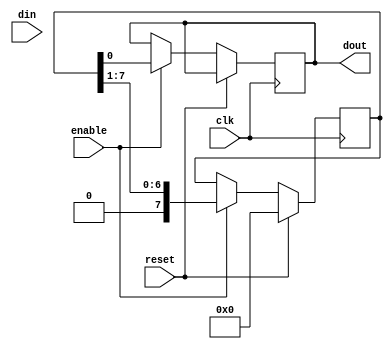
`timescale 1ns/1ps

module shiftreg (
input wire enable,reset,clk,
input [7:0] din,
output reg dout
);
reg [7:0] A;

always@ (posedge clk) begin
if (reset) begin
    A <= 8'b0;
end
else if (enable) begin
dout <= A[0];
A <= {1'b0,A[7:1]};

end


end

endmodule

module FSM (
input clk,resetn,start,
output reg reset,enable,load
);
always@ (posedge clk) begin
if (resetn) begin reset <= 1'b1; end
else if (start) begin enable <=1'b1; load <=1'b1; end
end

endmodule

module fulladder (
output elde,
input a,b,cin,
output wire sum
);

assign sum = a ^ b ^ cin;
assign elde = (b & cin) | (a & cin) | (a & b);
endmodule

module flip_flop (

input wire clk,reset,
input wire D,
output wire  Q

);
reg qreg;
always@ (posedge clk) begin
if (reset) begin qreg <= 1'b0; end
else begin qreg <= D; end


end
assign Q=qreg;
endmodule

module sumregister (
output [8:0] dout,
input wire enable,sum,reset

);
integer i;
reg [8:0] shiftreg;
always@ (*) begin 
    if (reset) begin shiftreg = 9'b0; end
    else begin
    for (i=0; i<7; i=1+1) begin
    
    shiftreg[i] <= sum; 
    
    end
    end //else end
end
endmodule


module serialadder (
input [7:0] A,B,
input clk,resetn,start,
output [8:0] sum,
output wire elde,sum_out,reset,
output wire load,enable 

);
genvar i;
for (i=0; i<8; i=i+1) begin
wire aout, bout,cout;
FSM control (
.resetn(resetn),
.reset(reset),
.load(load),
.enable(enable),
.start(start),
.clk(clk)
);

shiftreg shiftrega (
.din(A),
.dout(aout),
.clk(clk),
.reset(reset),
.enable(enable)
);

shiftreg shiftregb (
.din(B),
.dout(bout),
.clk(clk),
.reset(reset),
.enable(enable)
);

fulladder adder (
.cin(elde),
.a(aout),
.b(bout),
.sum(sum_out),
.elde(cout)
);

flip_flop flop (
.clk(clk),
.reset(reset),
.D(elde),
.Q(cin)
);


sumregister sumshift(
.dout(sum),
.enable(enable),
.sum(sumout),
.reset(reset)

);
end

endmodule

/*module serialadder(
input [7:0] A,B,
input clk,resetn,start,
output reg[8:0] sum,
output wire a0,b0,
output reg elde,sum_out,reset,
output reg load,enable 
);

always@ (posedge clk) begin

reset <=resetn;
load<=start;
enable<=start;

end

assign a0 = A[0];
assign b0 = B[0];
reg [7:0] Areg,Breg;
integer i;



always@(posedge clk) begin 
Areg<= A;
Breg <= B;

if (reset) begin
//Areg<=8'b0;
//Breg <=8'b0;
load<=1'b0;
enable<=1'b0;
sum<=9'b0;
sum_out <= 1'b0;
elde <= 1'b0;
end
//if reset == 1'b1

else begin


//sum_out<= (a0^b0);
//elde <= (a0 && b0);

//sum [0] <= sum_out;


Areg<={load, Areg[7:1]} ;
Breg <= {load, Breg[7:1]} ;  // shift register A,B
$display ("A=%b areg =%b, Breg =%b, B = %b, load=%b",Areg,A,Breg,B,load);

for (i=0; i<8; i=i+1) begin 

sum_out <= (Areg[i]^Breg[i]^elde);
elde <= (Areg[i] && Breg[i]) | (Areg[i] && elde) | (Breg[i] && elde);
sum[i+1]<= sum_out;
//$display ("sum_out[%d]=%d    Areg=%b  Breg=%b   elde=%d",i,sum_out,Areg,Breg,elde); 

end // for loop end


end //else block end


end //always block end

endmodule*/